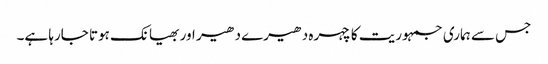
جس سے ہماری جمہوریت کا چہرہ دھیرے دھیر اور بھیانک ہوتا جارہا ہے۔